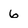
Character: 6